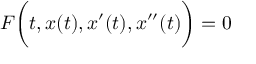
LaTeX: F { \biggl ( } t , x ( t ) , x ^ { \prime } ( t ) , x ^ { \prime \prime } ( t ) { \biggr ) } = 0